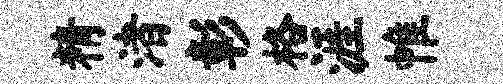
精渚彰格涯帷